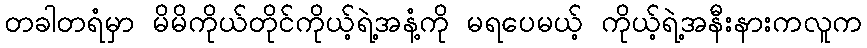
တခါတရံမှာ မိမိကိုယ်တိုင်ကိုယ့်ရဲ့အနံ့ကို မရပေမယ့် ကိုယ့်ရဲ့အနီးနားကလူက